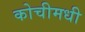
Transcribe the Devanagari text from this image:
कोचीमधी